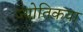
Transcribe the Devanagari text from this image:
ज्‍योतिकया